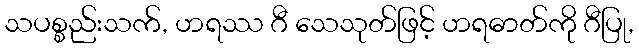
သပစ္စည်းသက်, ဟရဿ ဂီ သေသုတ်ဖြင့် ဟရဓာတ်ကို ဂီပြု,